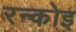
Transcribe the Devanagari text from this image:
रन्कोइ